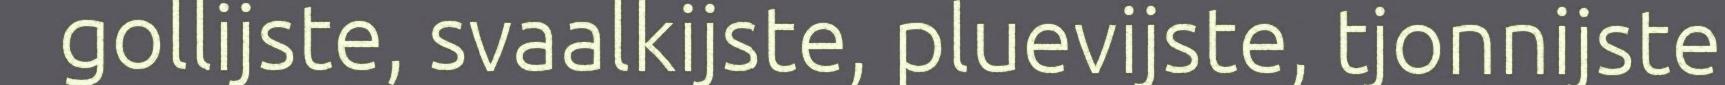
gollijste, svaalkijste, pluevijste, tjonnijste